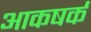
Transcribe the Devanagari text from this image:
आकषर्क